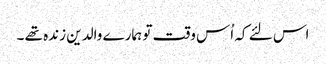
اس لئے کہ اُس وقت تو ہمارے والدین زندہ تھے ۔